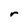
Character: r